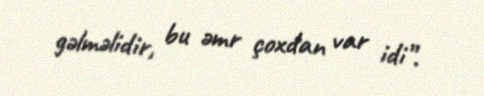
gəlməlidir, bu əmr çoxdan var idi”.